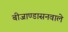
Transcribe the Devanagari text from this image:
बीजाण्डासनवाले